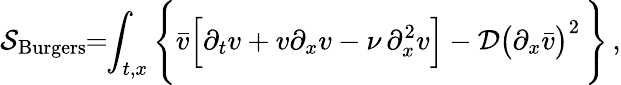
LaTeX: {\cal S}_{\mathrm{Burgers}}\! \! =\! \! \int_{t,x}\Bigg\{ \bar{v}{\Big[\partial_{t}v+v\partial_{x}v-\nu\, \partial_{x}^{2}v\Big]}-{{\cal D}\big(\partial_{x}\bar{v}\big)^{2}}\, \Bigg\} \, ,